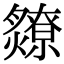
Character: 爒